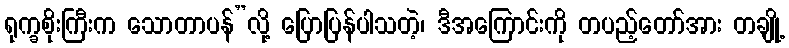
ရုက္ခစိုးကြီးက သောတာပန်”လို့ ပြောပြန်ပါသတဲ့၊ ဒီအကြောင်းကို တပည့်တော်အား တချို့